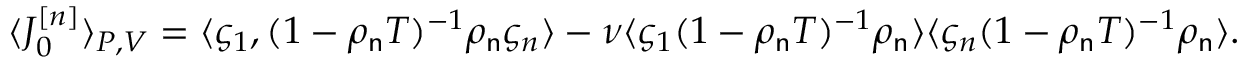
\langle J _ { 0 } ^ { [ n ] } \rangle _ { P , V } = \langle \varsigma _ { 1 } , ( 1 - \rho _ { \mathsf { n } } T ) ^ { - 1 } \rho _ { \mathsf { n } } \varsigma _ { n } \rangle - \nu \langle \varsigma _ { 1 } ( 1 - \rho _ { \mathsf { n } } T ) ^ { - 1 } \rho _ { \mathsf { n } } \rangle \langle \varsigma _ { n } ( 1 - \rho _ { \mathsf { n } } T ) ^ { - 1 } \rho _ { \mathsf { n } } \rangle .